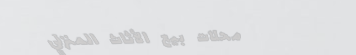
محلات بيع الأثاث المنزلي